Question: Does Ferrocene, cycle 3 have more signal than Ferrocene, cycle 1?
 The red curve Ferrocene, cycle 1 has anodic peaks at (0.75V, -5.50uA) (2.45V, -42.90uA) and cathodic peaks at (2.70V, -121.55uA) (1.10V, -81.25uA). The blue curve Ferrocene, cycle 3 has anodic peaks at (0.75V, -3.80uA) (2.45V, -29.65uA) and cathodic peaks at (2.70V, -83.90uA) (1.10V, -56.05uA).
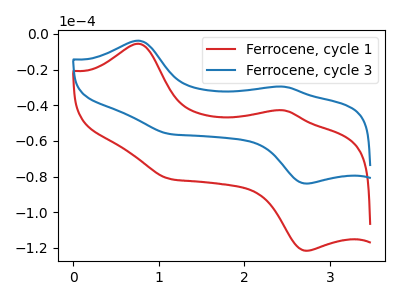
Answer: <think>All the peaks in "Ferrocene, cycle 3" have a peak in "Ferrocene, cycle 1" at the same potential.
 </think>
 <answer>I cant tell if "Ferrocene, cycle 3" or "Ferrocene, cycle 1" has more signal.</answer>
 <eval>mixed_signal</eval>